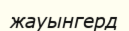
жауынгерд